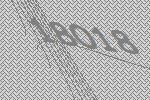
18018